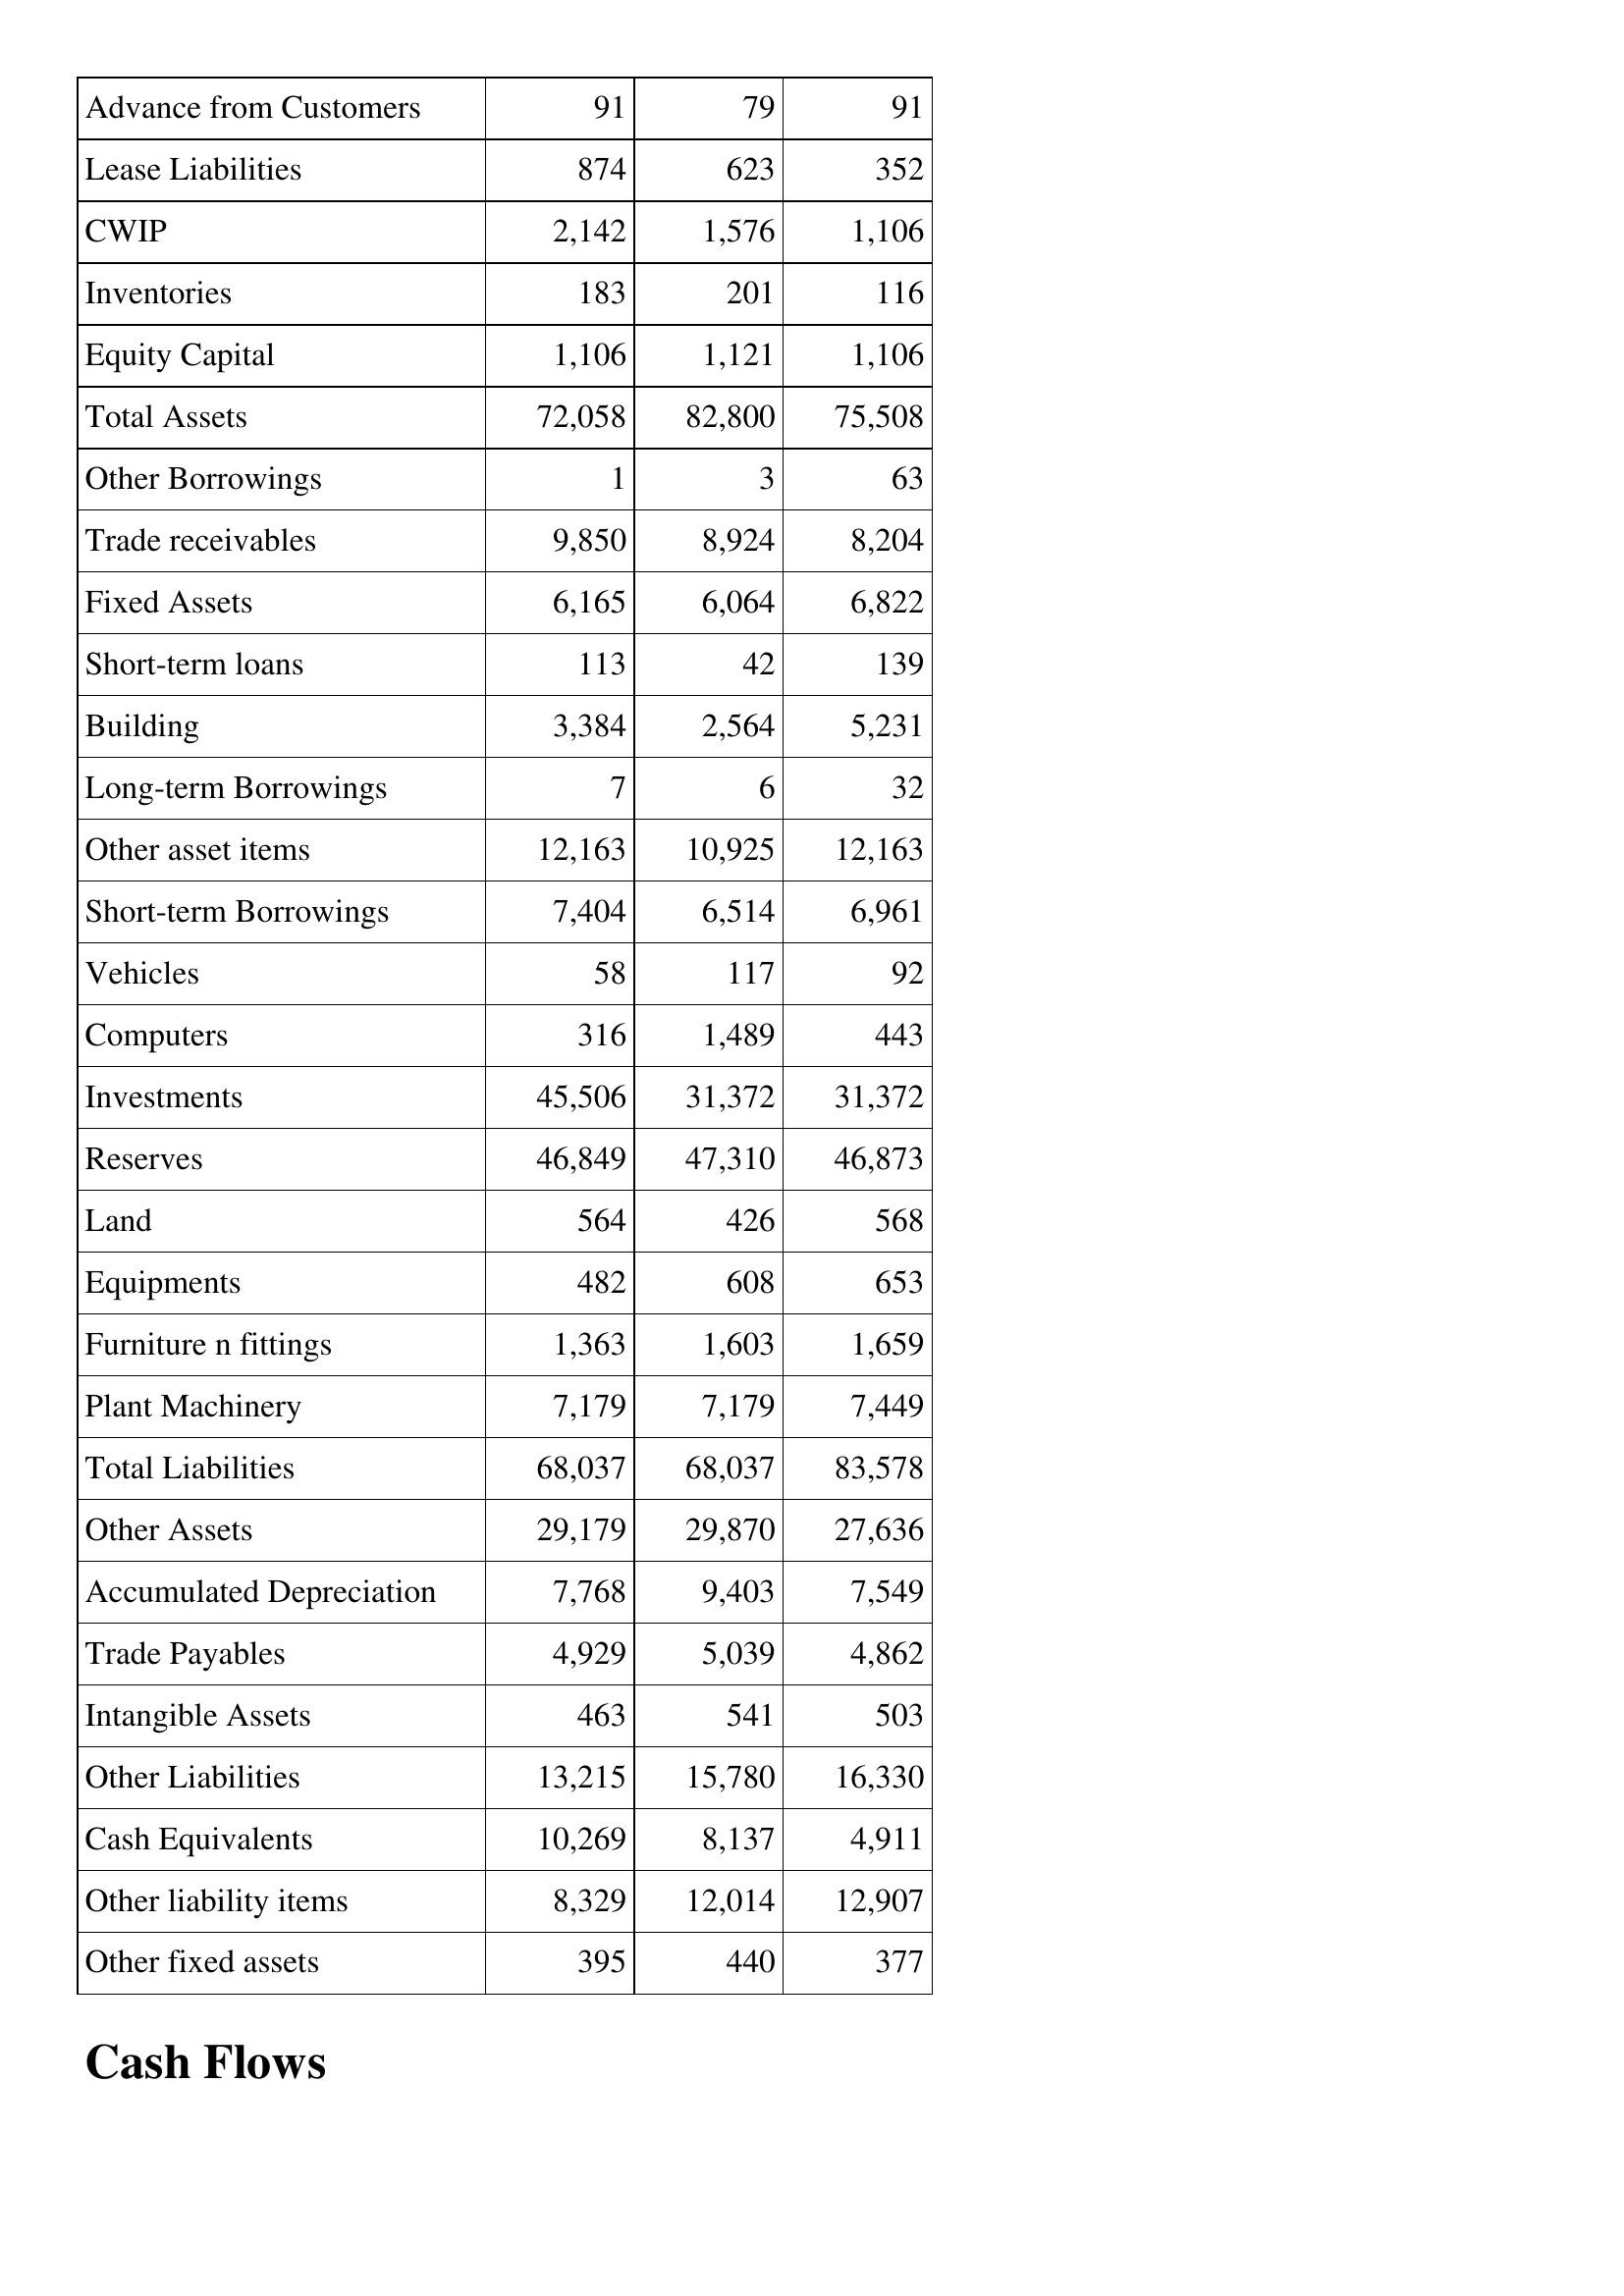
Dec-16: Balance Sheet: Advance from Customers: 91
Lease Liabilities: 874
CWIP: 2,142
Inventories: 183
Equity Capital: 1,106
Total Assets: 72,058
Other Borrowings: 1
Trade receivables: 9,850
Fixed Assets: 6,165
Short-term loans: 113
Building: 3,384
Long-term Borrowings: 7
Other asset items: 12,163
Short-term Borrowings: 7,404
Vehicles: 58
Computers: 316
Investments: 45,506
Reserves: 46,849
Land: 564
Equipments: 482
Furniture n fittings: 1,363
Plant Machinery: 7,179
Total Liabilities: 68,037
Other Assets: 29,179
Accumulated Depreciation: 7,768
Trade Payables: 4,929
Intangible Assets: 463
Other Liabilities: 13,215
Cash Equivalents: 10,269
Other liability items: 8,329
Other fixed assets: 395
Dec-15: Balance Sheet: Advance from Customers: 79
Lease Liabilities: 623
CWIP: 1,576
Inventories: 201
Equity Capital: 1,121
Total Assets: 82,800
Other Borrowings: 3
Trade receivables: 8,924
Fixed Assets: 6,064
Short-term loans: 42
Building: 2,564
Long-term Borrowings: 6
Other asset items: 10,925
Short-term Borrowings: 6,514
Vehicles: 117
Computers: 1,489
Investments: 31,372
Reserves: 47,310
Land: 426
Equipments: 608
Furniture n fittings: 1,603
Plant Machinery: 7,179
Total Liabilities: 68,037
Other Assets: 29,870
Accumulated Depreciation: 9,403
Trade Payables: 5,039
Intangible Assets: 541
Other Liabilities: 15,780
Cash Equivalents: 8,137
Other liability items: 12,014
Other fixed assets: 440
Dec-14: Balance Sheet: Advance from Customers: 91
Lease Liabilities: 352
CWIP: 1,106
Inventories: 116
Equity Capital: 1,106
Total Assets: 75,508
Other Borrowings: 63
Trade receivables: 8,204
Fixed Assets: 6,822
Short-term loans: 139
Building: 5,231
Long-term Borrowings: 32
Other asset items: 12,163
Short-term Borrowings: 6,961
Vehicles: 92
Computers: 443
Investments: 31,372
Reserves: 46,873
Land: 568
Equipments: 653
Furniture n fittings: 1,659
Plant Machinery: 7,449
Total Liabilities: 83,578
Other Assets: 27,636
Accumulated Depreciation: 7,549
Trade Payables: 4,862
Intangible Assets: 503
Other Liabilities: 16,330
Cash Equivalents: 4,911
Other liability items: 12,907
Other fixed assets: 377